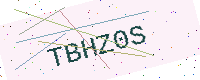
Text: TBHZ0S